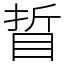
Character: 䀸